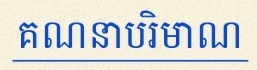
គណនាបរិមាណ